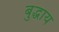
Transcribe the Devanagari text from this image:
बुद्धाय